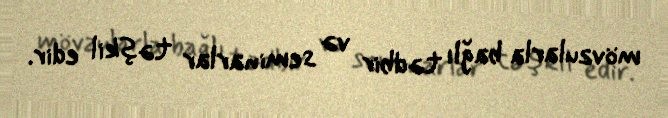
mövzularla bağlı tədbir və seminarlar təşkil edir.